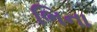
ભિના